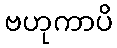
ဗဟုကာပိ